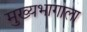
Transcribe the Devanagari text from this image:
मुख्यभागाला